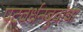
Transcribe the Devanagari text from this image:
पटवर्धनबुवांचा